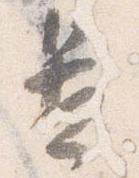
置